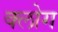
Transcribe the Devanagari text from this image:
क्लोग